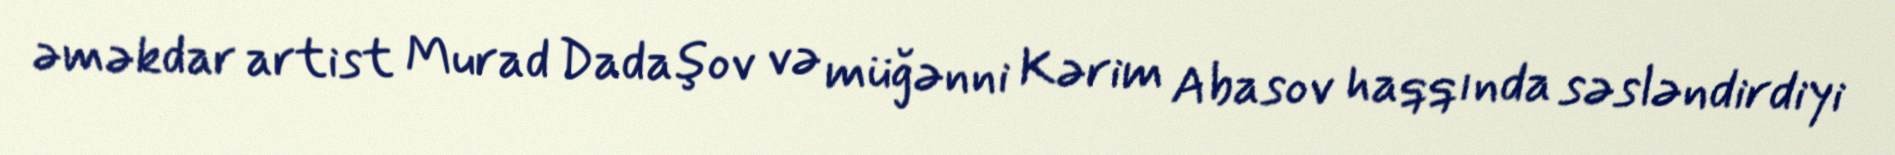
əməkdar artist Murad Dadaşov və müğənni Kərim Abasov haqqında səsləndirdiyi